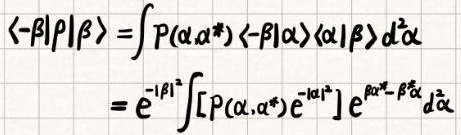
\[
\begin{align*}
\langle -\beta|\rho|\beta\rangle&=\int P(\alpha,\alpha^*) \langle -\beta|\alpha\rangle \langle \alpha|\beta\rangle d^2\alpha\\
&=e^{-|\beta|^2}\int \left[P(\alpha,\alpha^*) e^{-|\alpha|^2}\right] e^{\beta\alpha^* - \beta^*\alpha}d^2\alpha
\end{align*}
\]